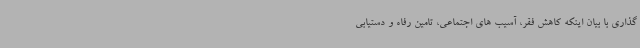
گذاری با بیان اینکه کاهش فقر، آسیب های اجتماعی، تامین رفاه و دستیابی